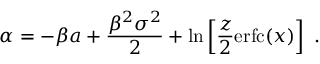
\alpha = - \beta a + \frac { \beta ^ { 2 } \sigma ^ { 2 } } { 2 } + \ln \left[ \frac { z } { 2 } \mathrm { e r f c } ( x ) \right] \ .